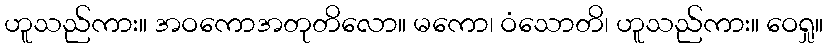
ဟူသည်ကား။ အဝကောအတုတိလော။ မကော၊ ဝံသောတိ၊ ဟူသည်ကား။ ဝေရှု။